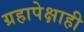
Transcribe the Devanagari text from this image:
ग्रहापेक्षाही